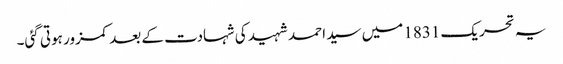
یہ تحریک 1831 میں سید احمد شہید کی شہادت کے بعد کمزور ہوتی گئی۔